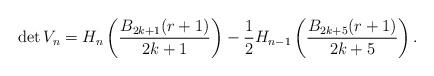
LaTeX: \begin{align*}\det V_{n}=H_{n}\left(\frac{B_{2k+1}(r+1)}{2k+1}\right)-\frac{1}{2}H_{n-1}\left(\frac{B_{2k+5}(r+1)}{2k+5}\right).\end{align*}